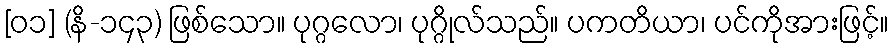
[၀၁] (နိ-၁၄၃) ဖြစ်သော။ ပုဂ္ဂလော၊ ပုဂ္ဂိုလ်သည်။ ပကတိယာ၊ ပင်ကိုအားဖြင့်။